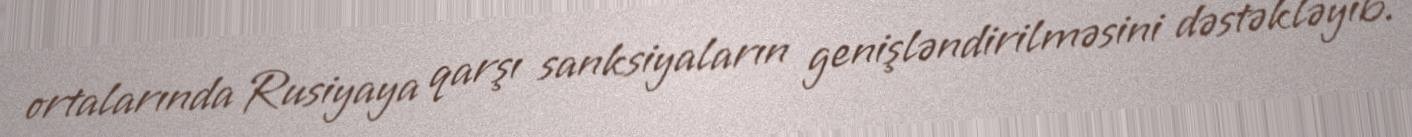
ortalarında Rusiyaya qarşı sanksiyaların genişləndirilməsini dəstəkləyib.